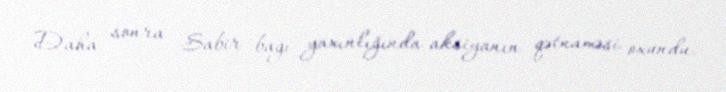
Daha sonra Sabir bağı yaxınlığında aksiyanın qətnaməsi oxundu.